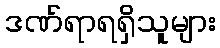
ဒဏ်ရာရရှိသူများ